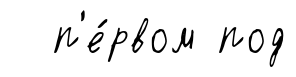
п'е́рвом под